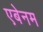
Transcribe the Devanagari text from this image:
एबेनम